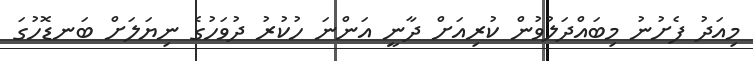
މިއަދު ފެށުނު މިބައްދަލުވުން ކުރިއަށް ދާނީ އަންނަ ހުކުރު ދުވަހުގެ ނިޔަލަަށް ބަނޑޮހުގަ